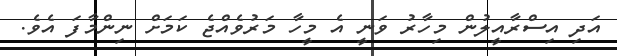
އަދި އިސްރާއީލުން މިހާރު ވަނީ އެ މީހާ މަރުވެއްޖެ ކަމަށް ނިންމާފަ އެވެ.